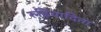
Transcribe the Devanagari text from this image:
रुढ़िवादिता